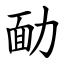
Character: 勔